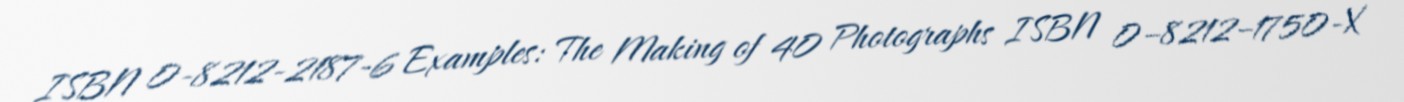
ISBN 0-8212-2187-6 Examples: The Making of 40 Photographs ISBN 0–8212–1750-X